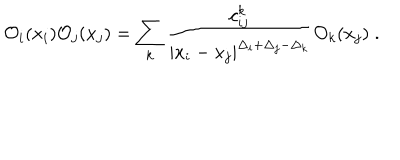
LaTeX: { \cal O } _ { i } ( x _ { i } ) { \cal O } _ { j } ( x _ { j } ) = \sum _ { k } { \frac { c _ { i j } ^ { k } } { | x _ { i } - x _ { j } | ^ { \Delta _ { i } + \Delta _ { j } - \Delta _ { k } } } } { \cal O } _ { k } ( x _ { j } ) \; .